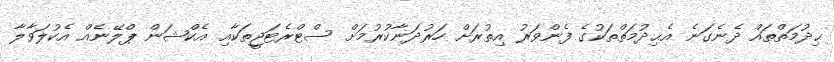
ޙިދުމަތްތައް ދެނެގަނެ އެޙިދުމަތްތަކުގެ ފެންވަރު އިތުރަށް ހަރުދަނާކުރުމަށް ސްޓްރެޓަޖީތަކާއި އެކްޝަން ޕްލޭނެއް އެކުލަވާލާ